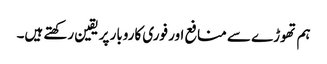
ہم تھوڑے سے منافع اور فوری کاروبار پر یقین رکھتے ہیں۔